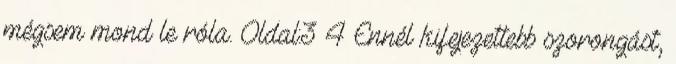
mégsem mond le róla. Oldal:3 4 Ennél kifejezettebb szorongást,